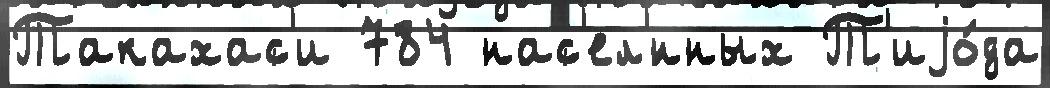
Такахас'и 784 нас'ел'́нных Т'иjо́да